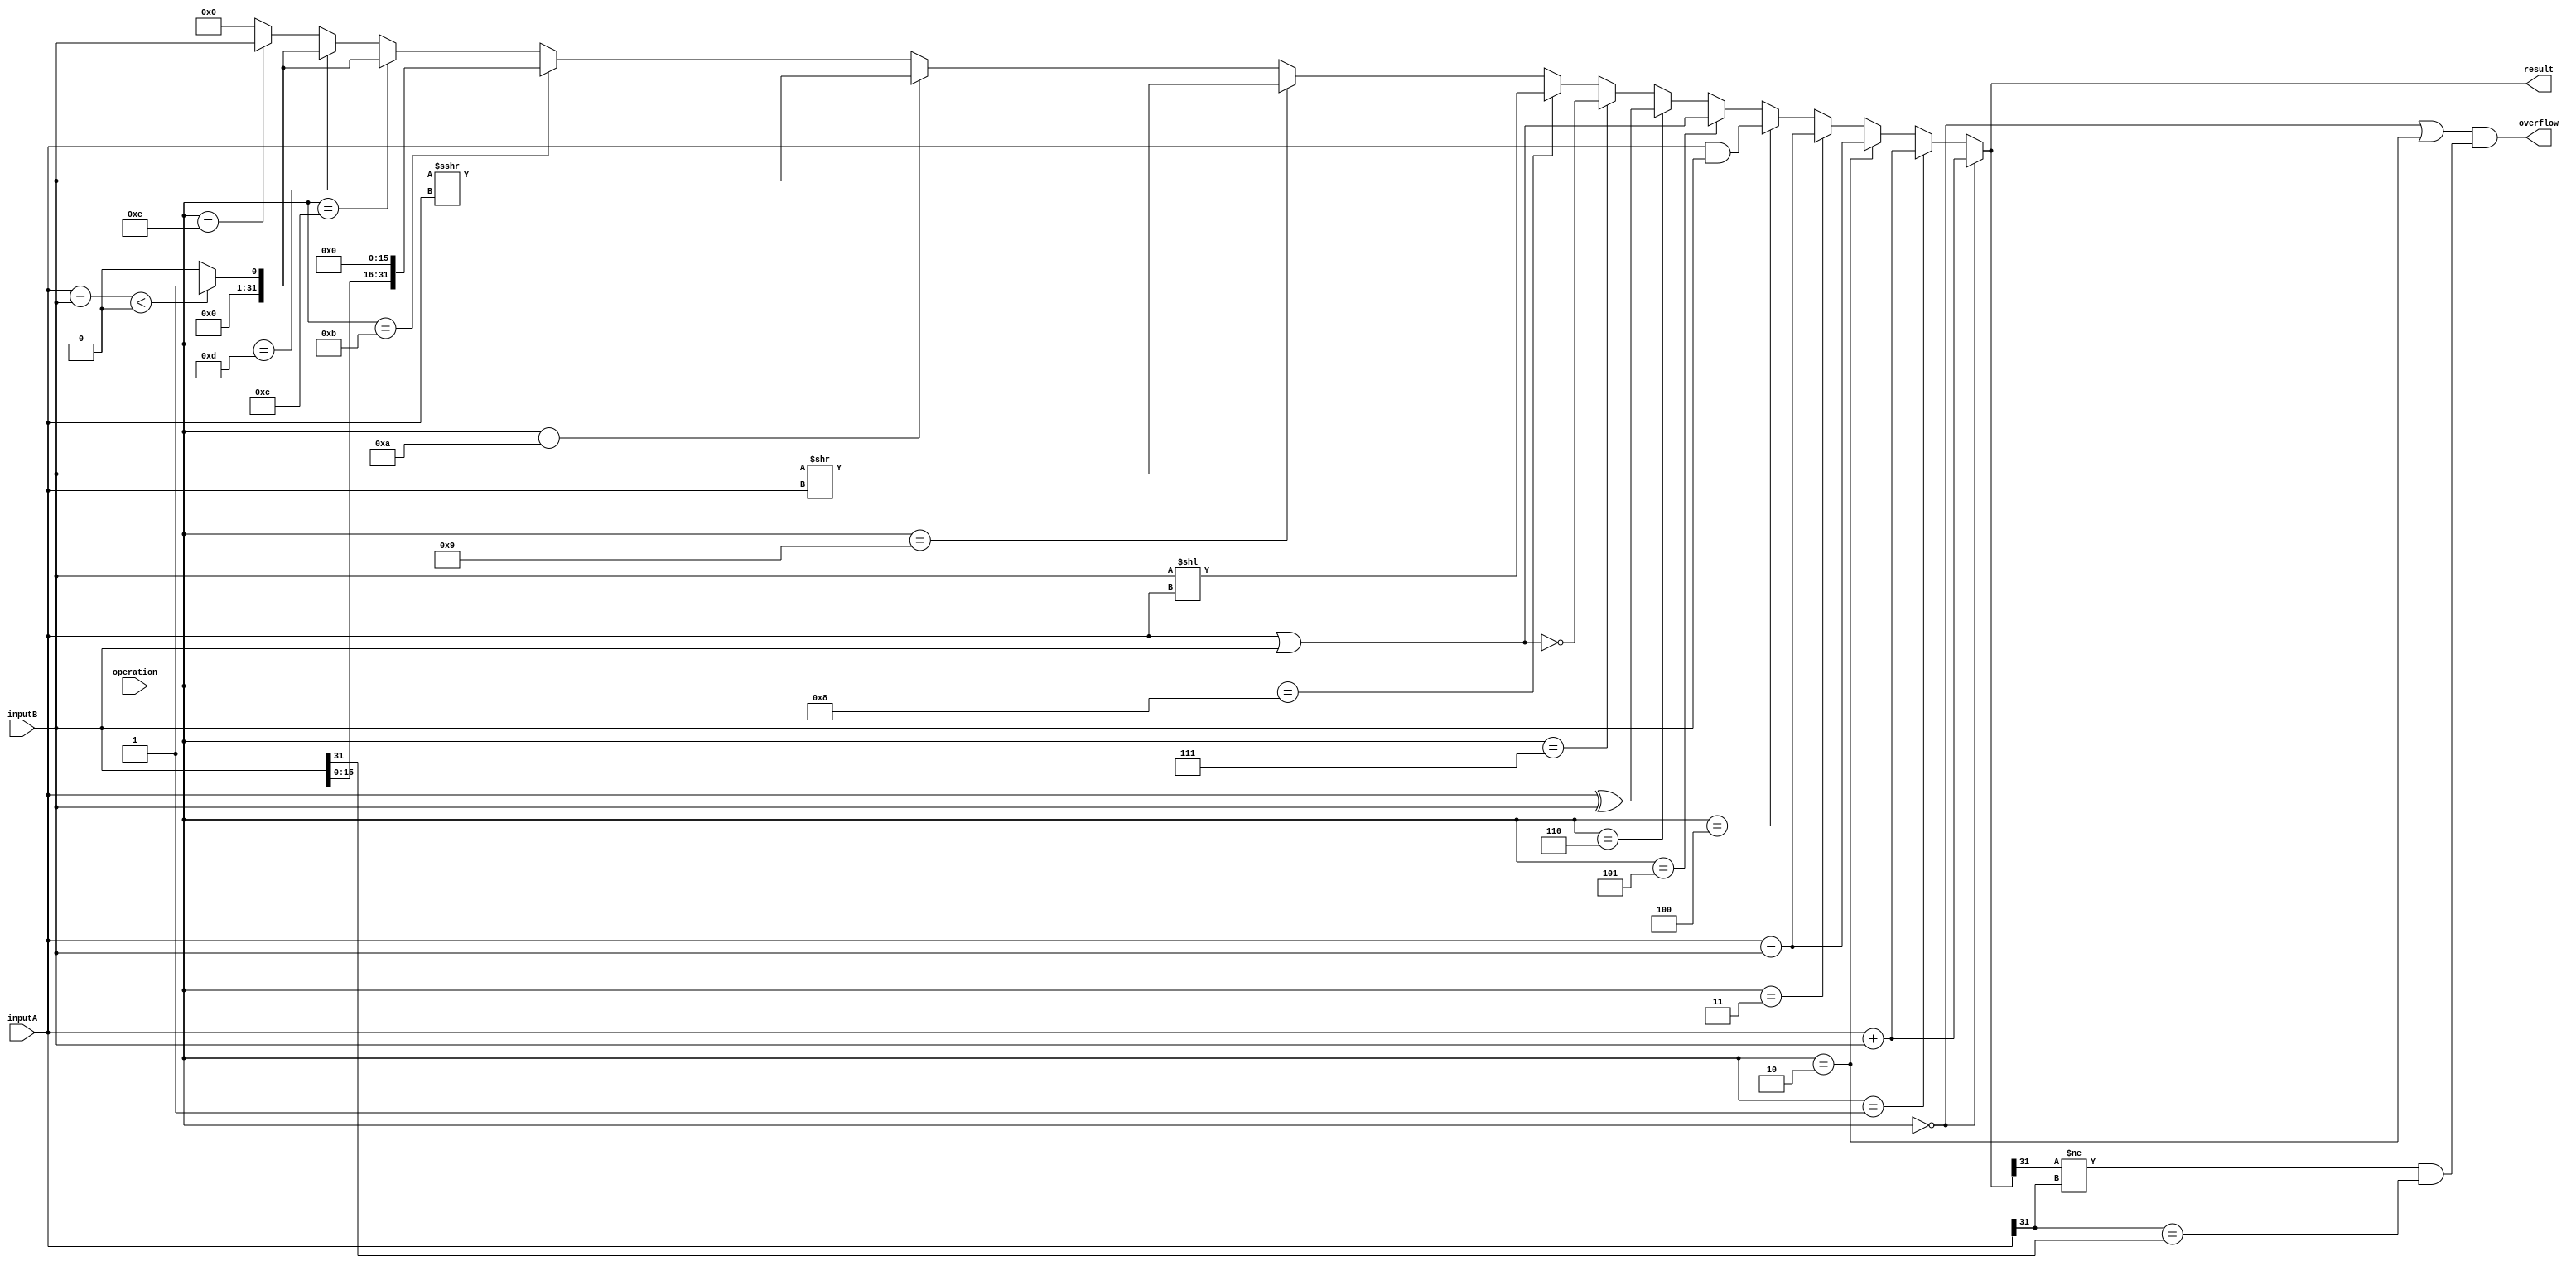
`timescale 1ns / 1ps
//ALU
`define ALU_ADD  4'b0000  //0
`define ALU_ADDU 4'b0001
`define ALU_SUB  4'b0010
`define ALU_SUBU 4'b0011  //3
`define ALU_AND  4'b0100
`define ALU_OR   4'b0101
`define ALU_XOR  4'b0110
`define ALU_NOR  4'b0111
`define ALU_SLL  4'b1000
`define ALU_SRL  4'b1001
`define ALU_SRA  4'b1010
`define ALU_LUI  11
`define ALU_SLTI 12      //12
`define ALU_SLT  13      //12
`define ALU_COP0 14
`define ALU_NONE 666

//  ==== OPcode ====
`define CODE_J 2
`define CODE_JAL 3
`define CODE_R_TYPE 0   
//I op
`define CODE_ADDI 8
`define CODE_ADDIU 9
`define CODE_ANDI 12
`define CODE_BEQ 4
`define CODE_BNE 5
`define CODE_LUI 15
`define CODE_LW 35
`define CODE_ORI 13
`define CODE_SLTI 10
`define CODE_SW 43
`define CODE_XORI 14
//  ==== OPcode ====

//R function
`define FUNC_ADD 32
`define FUNC_ADDU 33
`define FUNC_SUB 34
`define FUNC_SUBU 35
`define FUNC_AND 36
`define FUNC_OR 37
`define FUNC_XOR 38
`define FUNC_NOR 39
`define FUNC_SLT 42
`define FUNC_SLL 0
`define FUNC_SRL 2 
`define FUNC_SRA 3
`define FUNC_JR 8


module Alu (
    input [31:0] inputA,
    input [31:0] inputB,
    input [3:0] operation,
    output [31:0] result,
    output overflow
	);
    wire [32:0]A_up = {inputA[31],inputA[31:0]};
    wire [32:0]B_up = {inputB[31],inputB[31:0]};

    wire [32:0] sltResult;
    assign sltResult[32:0] = ($signed(A_up) - $signed(B_up)) < 0 ? 1 : 0;
    //assign sltResult[32:0] = ($signed(A_up) - $signed(B_up)) ;
	assign result =
			operation == `ALU_ADD ? $signed(inputA) + $signed(inputB)
			: operation == `ALU_ADDU ? inputA + inputB
			: operation == `ALU_SUB ? $signed(inputA) - $signed(inputB)
			: operation == `ALU_SUBU ? inputA - inputB
			: operation == `ALU_AND ? inputA & inputB
			: operation == `ALU_OR ? inputA | inputB
			: operation == `ALU_XOR ? inputA ^ inputB
			: operation == `ALU_NOR ? ~(inputA | inputB)
			: operation == `ALU_SLL ? inputB << inputA
			: operation == `ALU_SRL ? inputB >> inputA
			: operation == `ALU_SRA ? inputB >>> inputA
            : operation == `ALU_LUI ? {inputB[15:0],16'b0}
            : operation == `ALU_SLTI ? {31'b0,sltResult[0]}
            : operation == `ALU_SLT ? {31'b0,sltResult[0]}
            : operation == `ALU_COP0 ? inputB
			: 32'b0;
    assign overflow = (operation == `ALU_ADD || operation ==`ALU_SUB) && (result[31] != inputA[31] && inputA[31] == inputB[31]);
endmodule